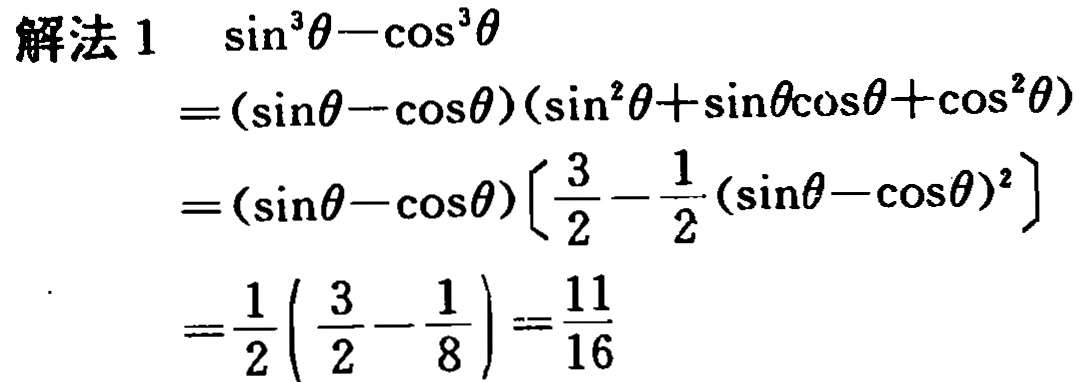
\(
\begin{align*}
\text{解法 }1\quad&\sin^{3}\theta - \cos^{3}\theta\\
=&(\sin\theta - \cos\theta)(\sin^{2}\theta+\sin\theta\cos\theta+\cos^{2}\theta)\\
=&(\sin\theta - \cos\theta)\left(\frac{3}{2}-\frac{1}{2}(\sin\theta - \cos\theta)^{2}\right)\\
=&\frac{1}{2}\left(\frac{3}{2}-\frac{1}{8}\right)=\frac{11}{16}
\end{align*}
\)